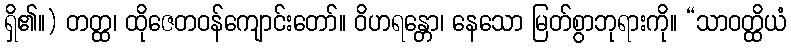
ရှိ၏။) တတ္ထ၊ ထိုဇေတဝန်ကျောင်းတော်။ ဝိဟရန္တော၊ နေသော မြတ်စွာဘုရားကို။ “သာဝတ္ထိယံ